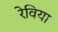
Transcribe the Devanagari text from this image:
रेविया